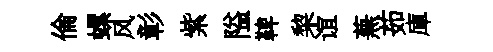
倫螺风彰紫隘鞞棃谊蕪茹庫